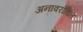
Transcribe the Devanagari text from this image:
अनावरोधित